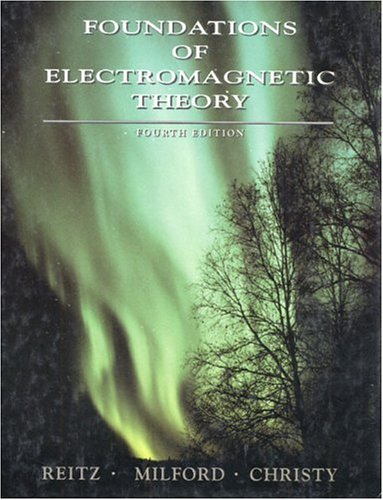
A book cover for Foundations of Electromagnetic Theory (4th Edition); John R. Reitz; Science & Math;